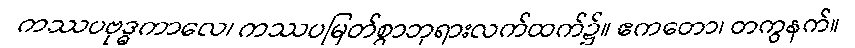
ကဿပဗုဒ္ဓကာလေ၊ ကဿပမြတ်စွာဘုရားလက်ထက်၌။ ဧကတော၊ တကွနက်။